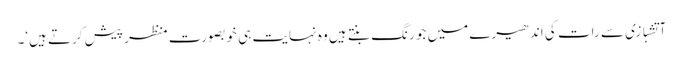
آتشبازی سے رات کی اندھیرے میں جو رنگ بنتے ہیں وہ نہایت ہی خوبصورت منظر پیش کرتے ہیں‘۔